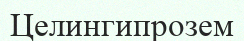
Целингипрозем